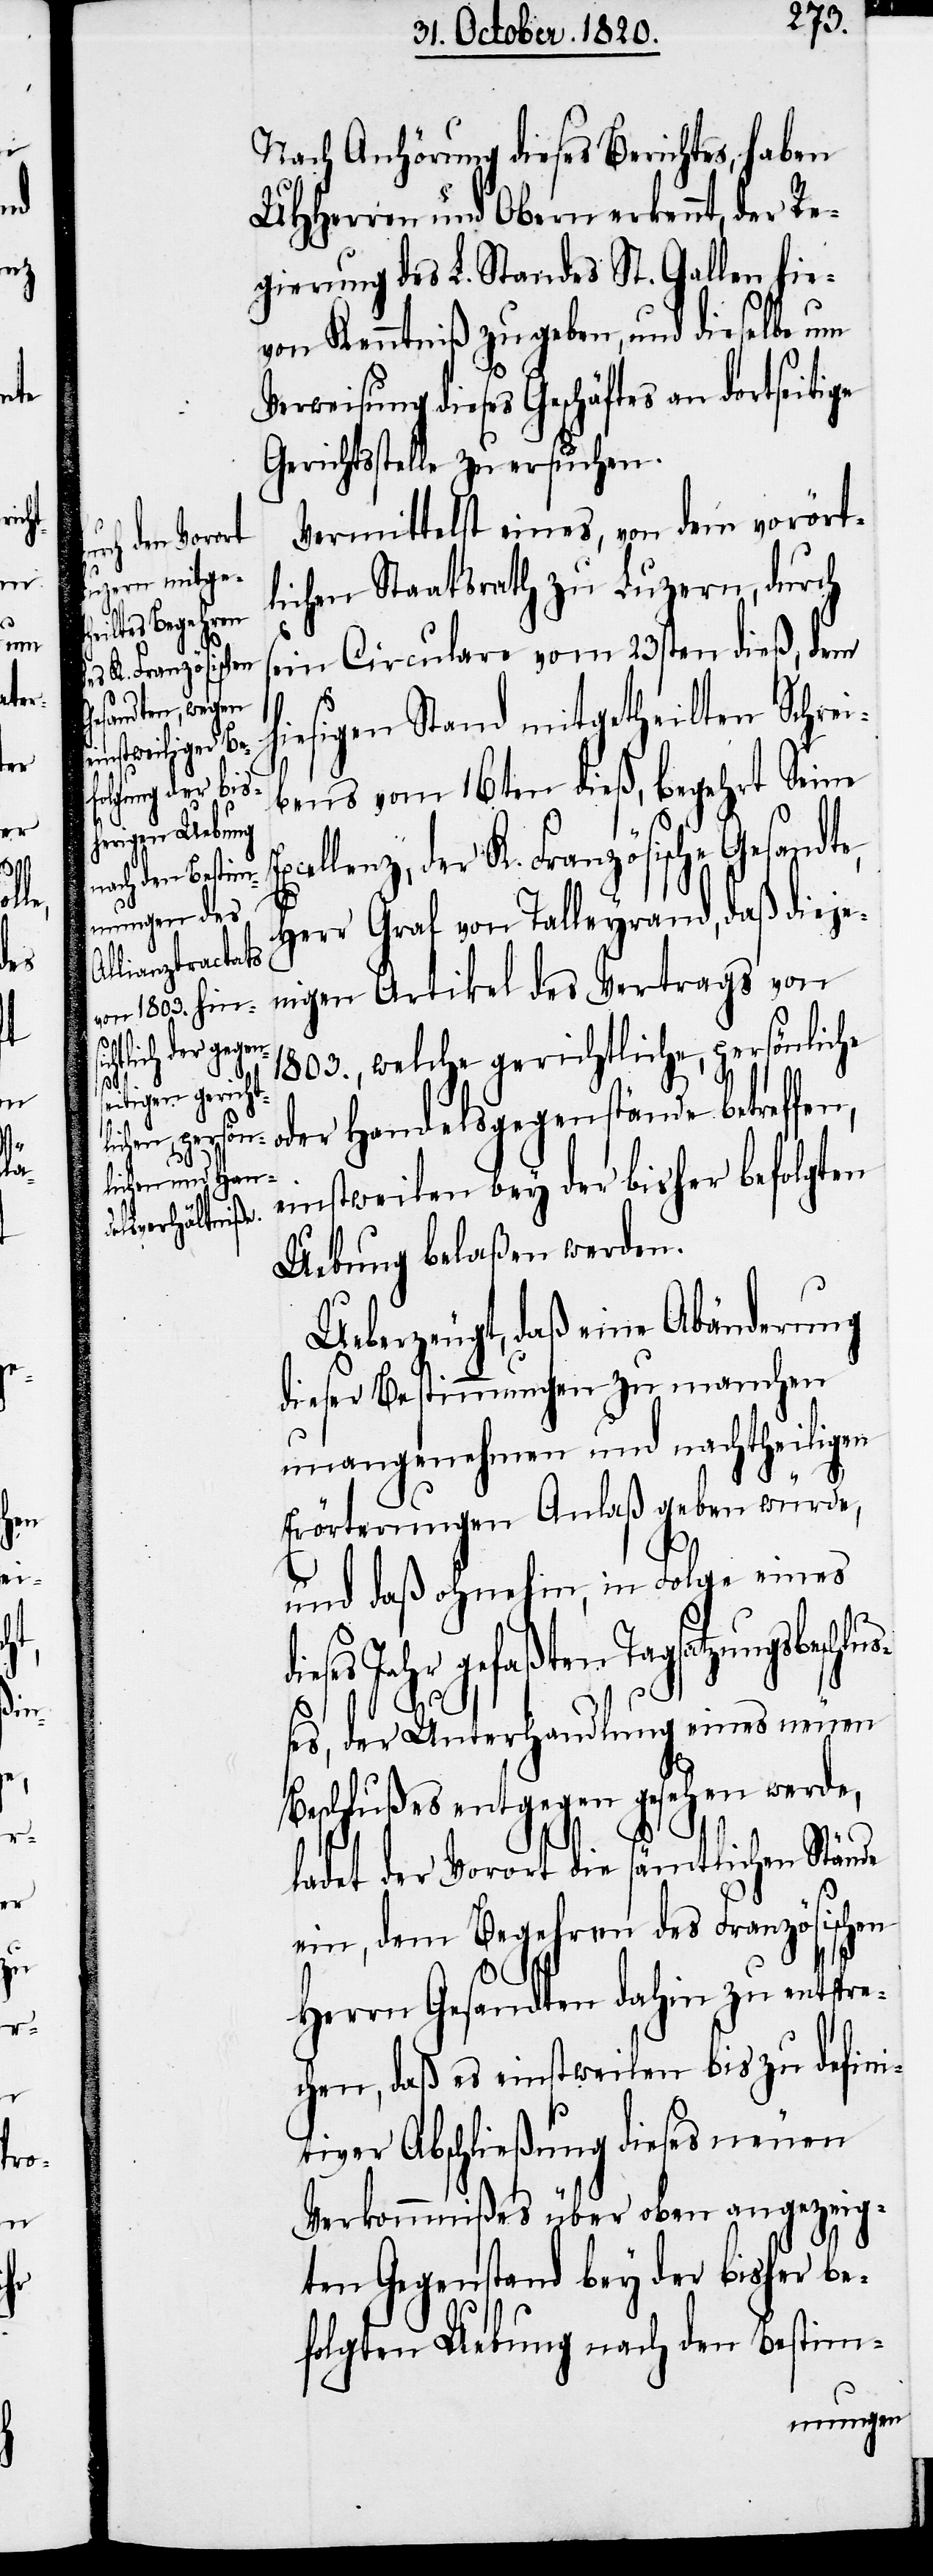
re¬

e,

Vermittelst eines, von dem vorört¬
lichen Staatsrath zu Luzern, durch
in Circulare vom 23sten dieß, dem
hiesigen Stand mitgetheilten Schre¬
bens vom 16ten dieß, begehrt Seine
cellenz, der K. Französische Gesandt¬
Herr Graf von Talleyrand, daß dieje¬
nigen Artikel des Vertrags von
1803. welche gerichtliche, persönliche
oder Handelsgegenstände betreffen,
Ex¬
tweilen bey der bisher befolgten
eins¬
Uebung belaßen werden.
Ueberzeugt, daß eine Abänderung
dieser Bestimmungen zu manchen
unangenehmen und nachtheiligen
Erörterungen Anlaß geben würde,
und daß ohnehin, in Folge eines
ses Jahr gefaßten Tagsatzungbeschl¬
uße¬
s, der Unterhandlung eines neuen
Beschlußes entgegen gesehen werde,
ladet der Vorort die sämtlichen Stände
ein, dem Begehren des Französischen
Herrn Gesandten dahin zu entsp¬
chen, daß es einstweilen bis zu defini¬
tiver Abschließung dieses neuen
Verkommnißes über oben angezeig¬
ten Gegenstand bey der bisher be¬
folgten Uebung nach den Bestim-